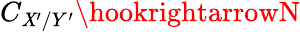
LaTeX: C_{\mathit{X}^{\prime}/Y^{\prime}}\hookrightarrowN